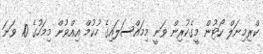
ކްރިމިނަލް ކޯޓުން މީގެކުރިން ވަނީ މިމައްސަލައިގެ ހުކުމް އިއްވުން މިމަހުގެ 10 ވަނަ